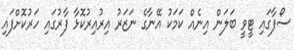
ސޯފާގައި ޓީވީ ބަލަން އިނެއް ކަމަކު އޭނާގެ ނަޒަރު އިރުއިރުކޮޅާ ފާރުގައި ހަރުކޮށްފައި